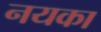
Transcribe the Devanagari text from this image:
नयका